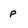
Character: p